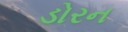
ડોરન